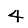
Digit: 4